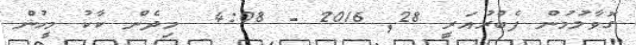
ގޮވާލުމުން ފެބްރުއަރީ 28